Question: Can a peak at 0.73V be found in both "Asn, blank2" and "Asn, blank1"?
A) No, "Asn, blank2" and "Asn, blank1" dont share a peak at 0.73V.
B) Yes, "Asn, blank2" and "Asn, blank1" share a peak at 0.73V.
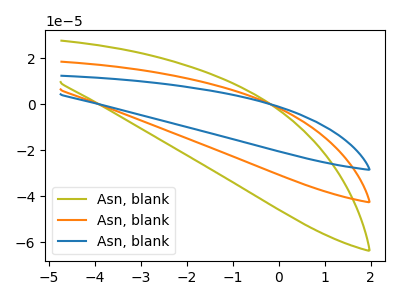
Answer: <think>The olive curve "Asn, blank1" has no peaks. The orange curve "Asn, blank2" has no peaks. The blue curve "Asn, blank3" has no peaks.</think>
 <answer>A) No, "Asn, blank2" and "Asn, blank1" dont share a peak at 0.73V.</answer>
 <eval>A</eval>